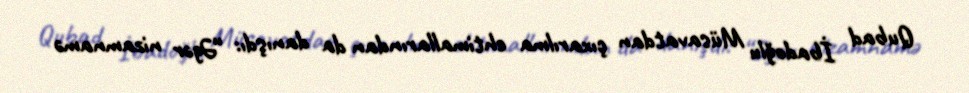
Qubad İbadoğlu Müsavatdan çıxarılma ehtimallarından da danışdı: “Əgər nizamnamə